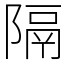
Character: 隔